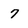
Character: 7